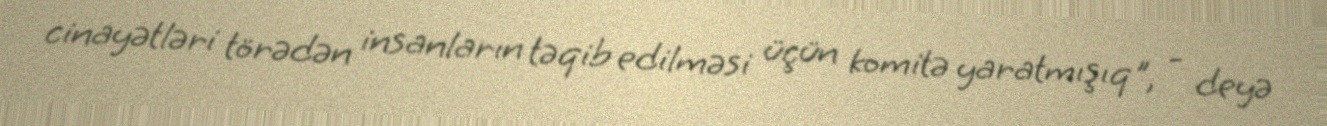
cinayətləri törədən insanların təqib edilməsi üçün komitə yaratmışıq", - deyə